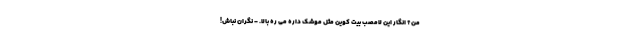
من؟ انگار این لامصب بیت کوین مثل موشک داره می ره بالا. - نگران نباش!